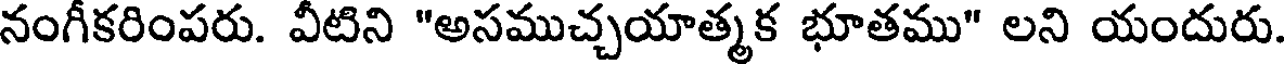
నంగీకరింపరు. వీటిని "అసముచ్చయాత్మక భూతము" లని యందురు.